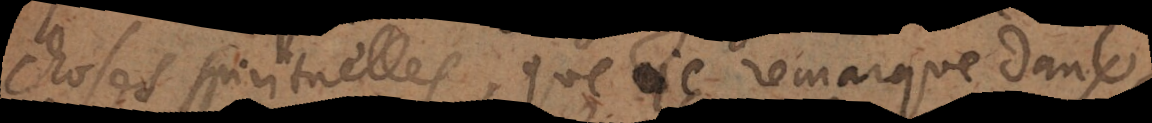
choses spirituelles, que je remarque dans